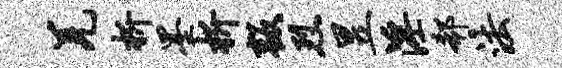
羌析墨析叛烈昱淫欷法